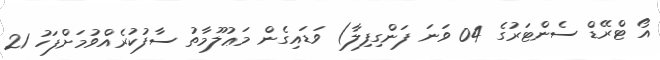
އޯ ޓްރޭޑް ސެންޓަރުގެ 04 ވަނަ ފަންގިފިލާ) ވަޑައިގެން މަޢުލޫމާތު ސާފުކުރެއްވުމަށްފަހު 21